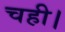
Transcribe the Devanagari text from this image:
चही।